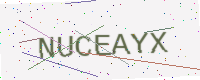
Text: NUCEAYX